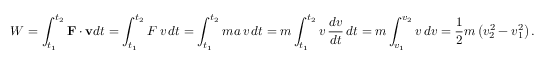
W = \int _ { t _ { 1 } } ^ { t _ { 2 } } \mathbf { F } \cdot \mathbf { v } d t = \int _ { t _ { 1 } } ^ { t _ { 2 } } F \, v \, d t = \int _ { t _ { 1 } } ^ { t _ { 2 } } m a \, v \, d t = m \int _ { t _ { 1 } } ^ { t _ { 2 } } v \, { \frac { d v } { d t } } \, d t = m \int _ { v _ { 1 } } ^ { v _ { 2 } } v \, d v = { \frac { 1 } { 2 } } m \left( v _ { 2 } ^ { 2 } - v _ { 1 } ^ { 2 } \right) .